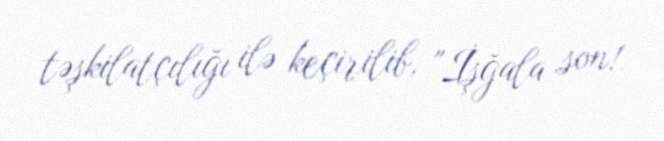
təşkilatçılığı ilə keçirilib, "İşğala son!.